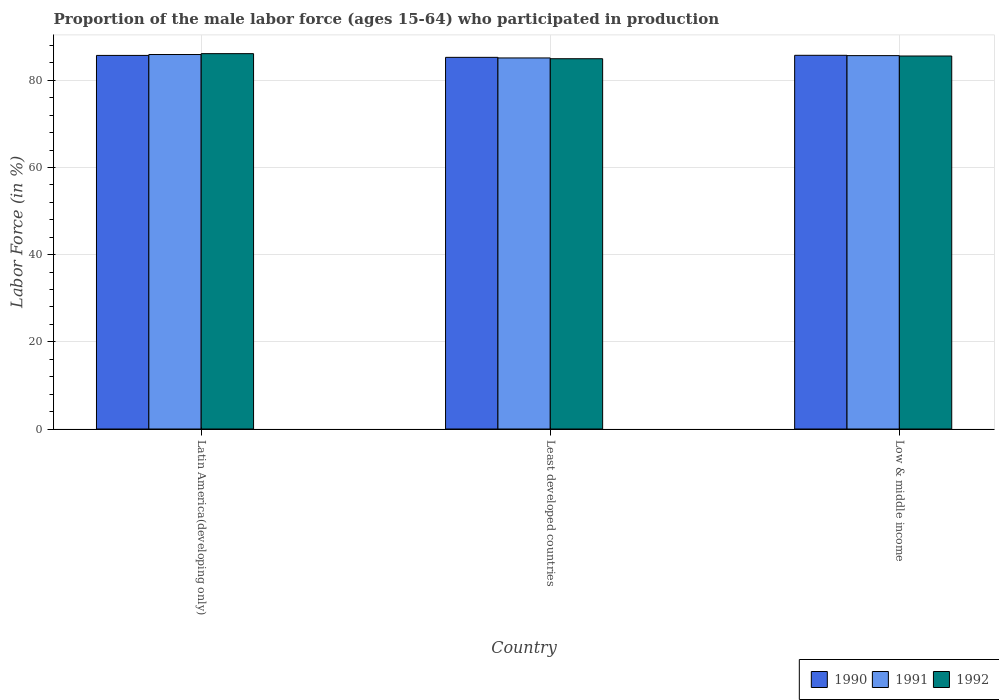
| Country | 1990 | 1991 | 1992 |
 | --- | --- | --- | --- |
 | Latin America(developing only) | 85.7 | 85.9 | 86.1 |
 | Least developed countries | 85.3 | 85.1 | 85 |
 | Low & middle income | 85.7 | 85.7 | 85.6 |